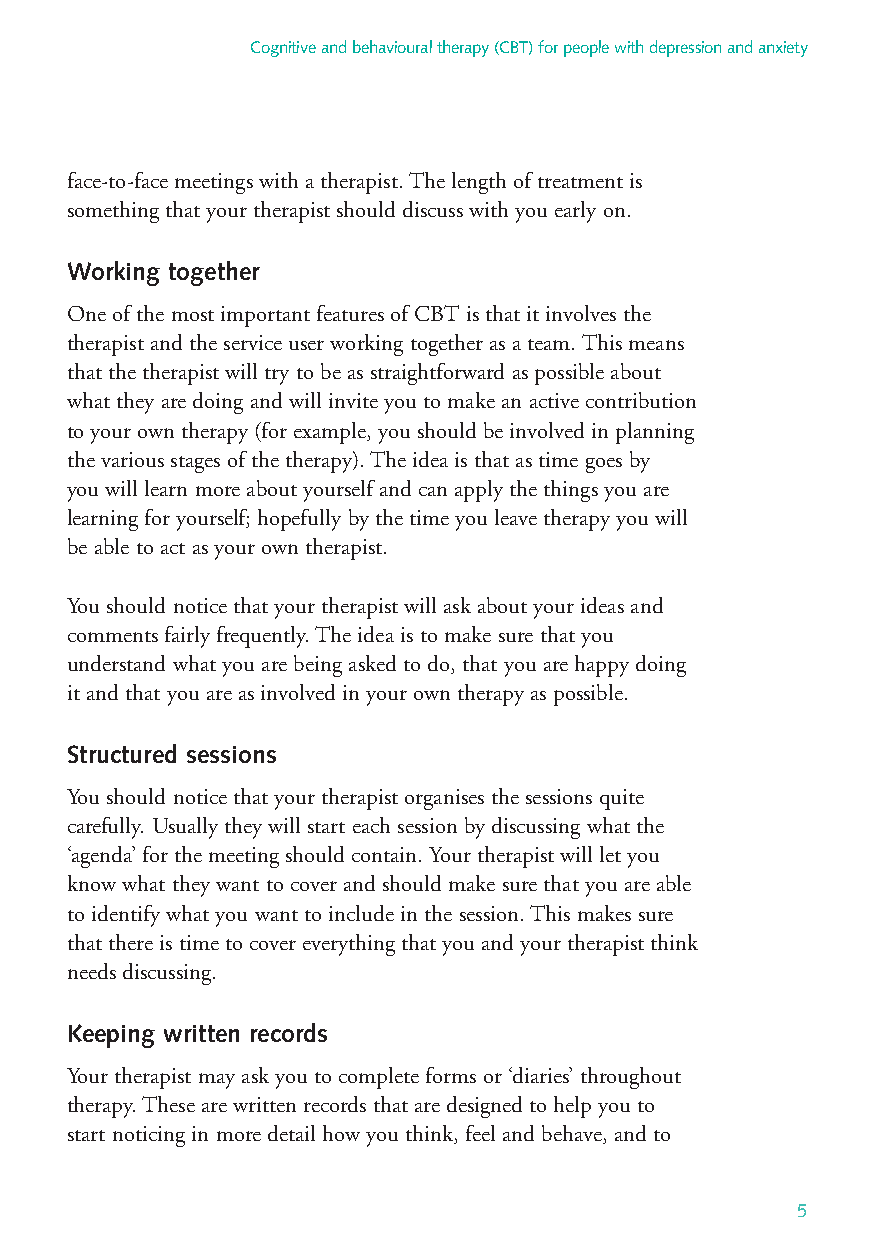
Cognitive and behavioural therapy (CBT) for people with depression and anxiety
 face-to-face meetings with a therapist. The length of treatment is
 something that your therapist should discuss with you early on.
 Working together
 One of the most important features of CBT is that it involves the
 therapist and the service user working together as a team. This means
 that the therapist will try to be as straightforward as possible about
 what they are doing and will invite you to make an active contribution
 to your own therapy (for example, you should be involved in planning
 the various stages of the therapy). The idea is that as time goes by
 you will learn more about yourself and can apply the things you are
 learning for yourself; hopefully by the time you leave therapy you will
 be able to act as your own therapist.
 You should notice that your therapist will ask about your ideas and
 comments fairly frequently. The idea is to make sure that you
 understand what you are being asked to do, that you are happy doing
 it and that you are as involved in your own therapy as possible.
 Structured sessions
 You should notice that your therapist organises the sessions quite
 carefully. Usually they will start each session by discussing what the
 ‘agenda’ for the meeting should contain. Your therapist will let you
 know what they want to cover and should make sure that you are able
 to identify what you want to include in the session. This makes sure
 that there is time to cover everything that you and your therapist think
 needs discussing.
 Keeping written records
 Your therapist may ask you to complete forms or ‘diaries’ throughout
 therapy. These are written records that are designed to help you to
 start noticing in more detail how you think, feel and behave, and to
 5